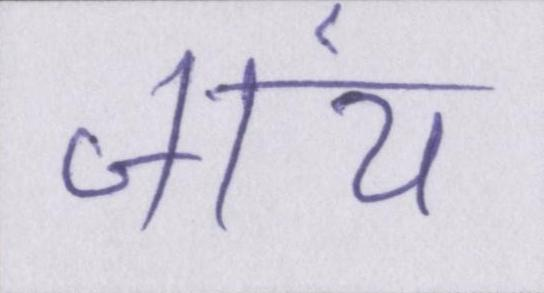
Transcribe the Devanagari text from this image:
जांय